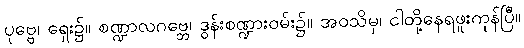
ပုဗ္ဗေ၊ ရှေး၌။ စဏ္ဍာလဂဗ္ဘေ၊ ဒွန်းစဏ္ဍားဝမ်း၌။ အဝသိမှ၊ ငါတို့နေရဖူးကုန်ပြီ။